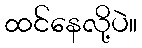
ထင်နေလို့ပဲ။